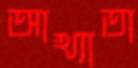
আখ্যাতা